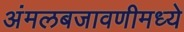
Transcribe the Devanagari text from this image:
अंमलबजावणीमध्ये